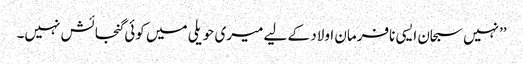
’’نہیں سبحان ایسی نافرمان اولاد کے لیے میری حویلی میں کوئی گنجائش نہیں۔